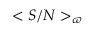
< S / N > _ { \varpi }